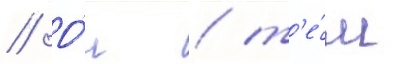
// О́н / т'е́м